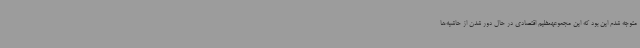
متوجه شدم این بود که این مجموعهعظیم اقتصادی در حال دور شدن از حاشیه‌ها